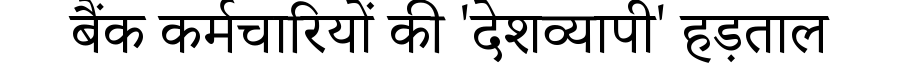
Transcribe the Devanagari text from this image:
बैंक कर्मचारियों की 'देशव्यापी' हड़ताल